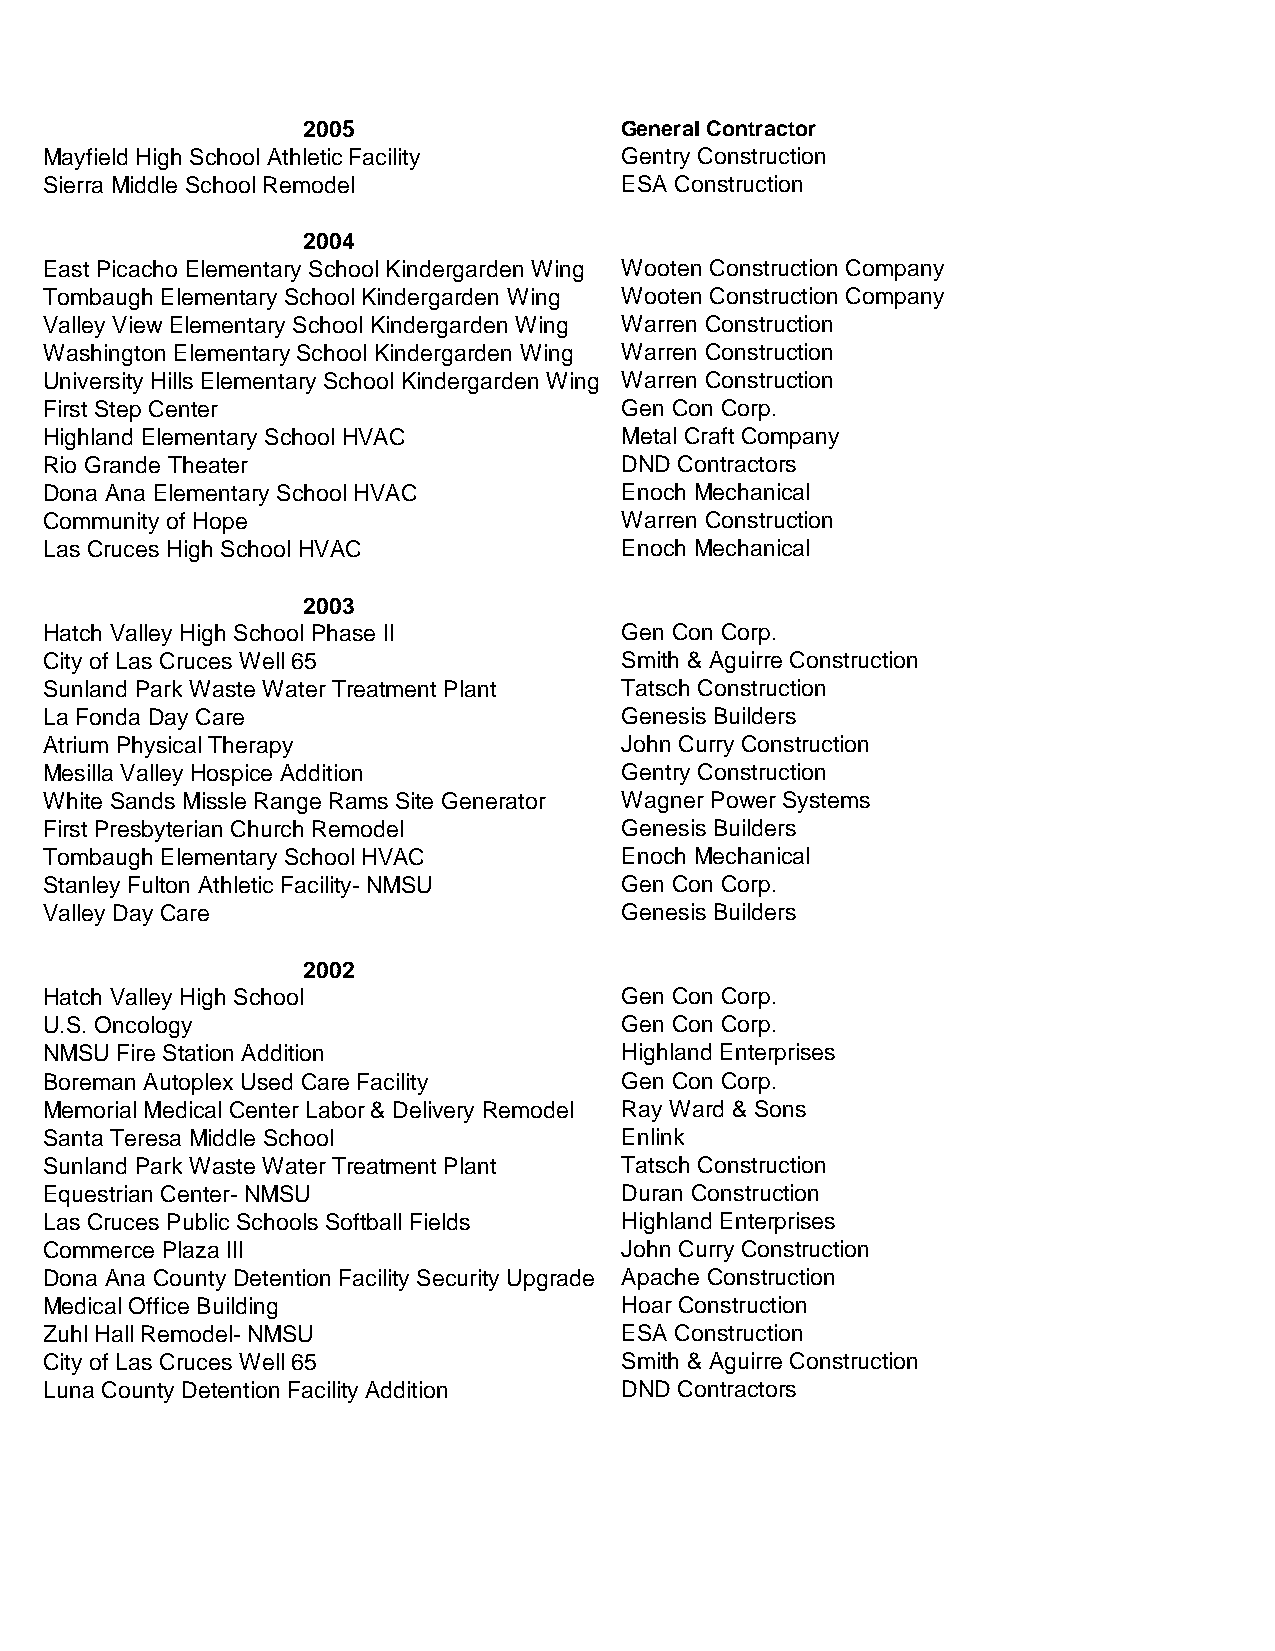
2005                 General Contractor
 Mayfield High School Athletic Facility Gentry Construction
 Sierra Middle School Remodel          ESA Construction
 2004
 East Picacho Elementary School Kindergarden Wing Wooten Construction Company
 Tombaugh Elementary School Kindergarden Wing Wooten Construction Company
 Valley View Elementary School Kindergarden Wing Warren Construction
 Washington Elementary School Kindergarden Wing Warren Construction
 University Hills Elementary School Kindergarden Wing Warren Construction
 First Step Center                     Gen Con Corp.
 Highland Elementary School HVAC       Metal Craft Company
 Rio Grande Theater                    DND Contractors
 Dona Ana Elementary School HVAC       Enoch Mechanical
 Community of Hope                     Warren Construction
 Las Cruces High School HVAC           Enoch Mechanical
 2003
 Hatch Valley High School Phase II     Gen Con Corp.
 City of Las Cruces Well 65            Smith & Aguirre Construction
 Sunland Park Waste Water Treatment Plant Tatsch Construction
 La Fonda Day Care                     Genesis Builders
 Atrium Physical Therapy               John Curry Construction
 Mesilla Valley Hospice Addition       Gentry Construction
 White Sands Missle Range Rams Site Generator Wagner Power Systems
 First Presbyterian Church Remodel     Genesis Builders
 Tombaugh Elementary School HVAC       Enoch Mechanical
 Stanley Fulton Athletic Facility- NMSU Gen Con Corp.
 Valley Day Care                       Genesis Builders
 2002
 Hatch Valley High School              Gen Con Corp.
 U.S. Oncology                         Gen Con Corp.
 NMSU Fire Station Addition            Highland Enterprises
 Boreman Autoplex Used Care Facility   Gen Con Corp.
 Memorial Medical Center Labor & Delivery Remodel Ray Ward & Sons
 Santa Teresa Middle School            Enlink
 Sunland Park Waste Water Treatment Plant Tatsch Construction
 Equestrian Center- NMSU               Duran Construction
 Las Cruces Public Schools Softball Fields Highland Enterprises
 Commerce Plaza III                    John Curry Construction
 Dona Ana County Detention Facility Security Upgrade Apache Construction
 Medical Office Building               Hoar Construction
 Zuhl Hall Remodel- NMSU               ESA Construction
 City of Las Cruces Well 65            Smith & Aguirre Construction
 Luna County Detention Facility Addition DND Contractors